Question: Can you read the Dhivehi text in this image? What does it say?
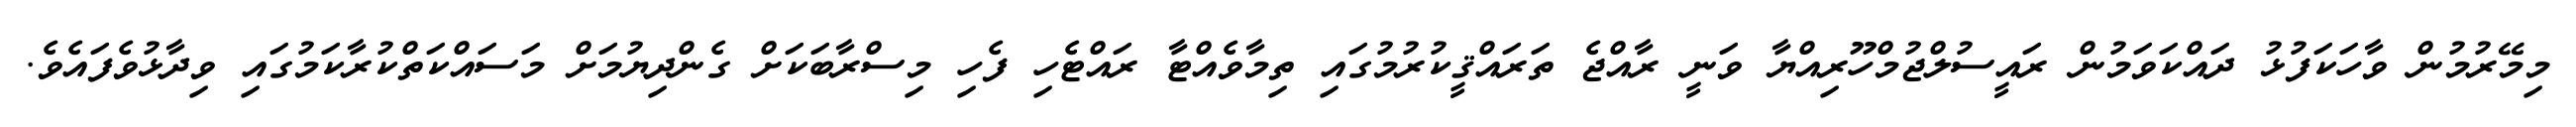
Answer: މިމޭރުމުން ވާހަކަފުޅު ދައްކަވަމުން ރައީސުލްޖުމްހޫރިއްޔާ ވަނީ ރާއްޖެ ތަރައްޤީކުރުމުގައި ތިމާވެއްޓާ ރައްޓެހި ފެހި މިސްރާބަކަށް ގެންދިޔުމަށް މަސައްކަތްކުރާކަމުގައި ވިދާޅުވެފައެވެ.